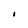
Character: I